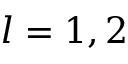
l = 1 , 2